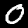
Label: 0